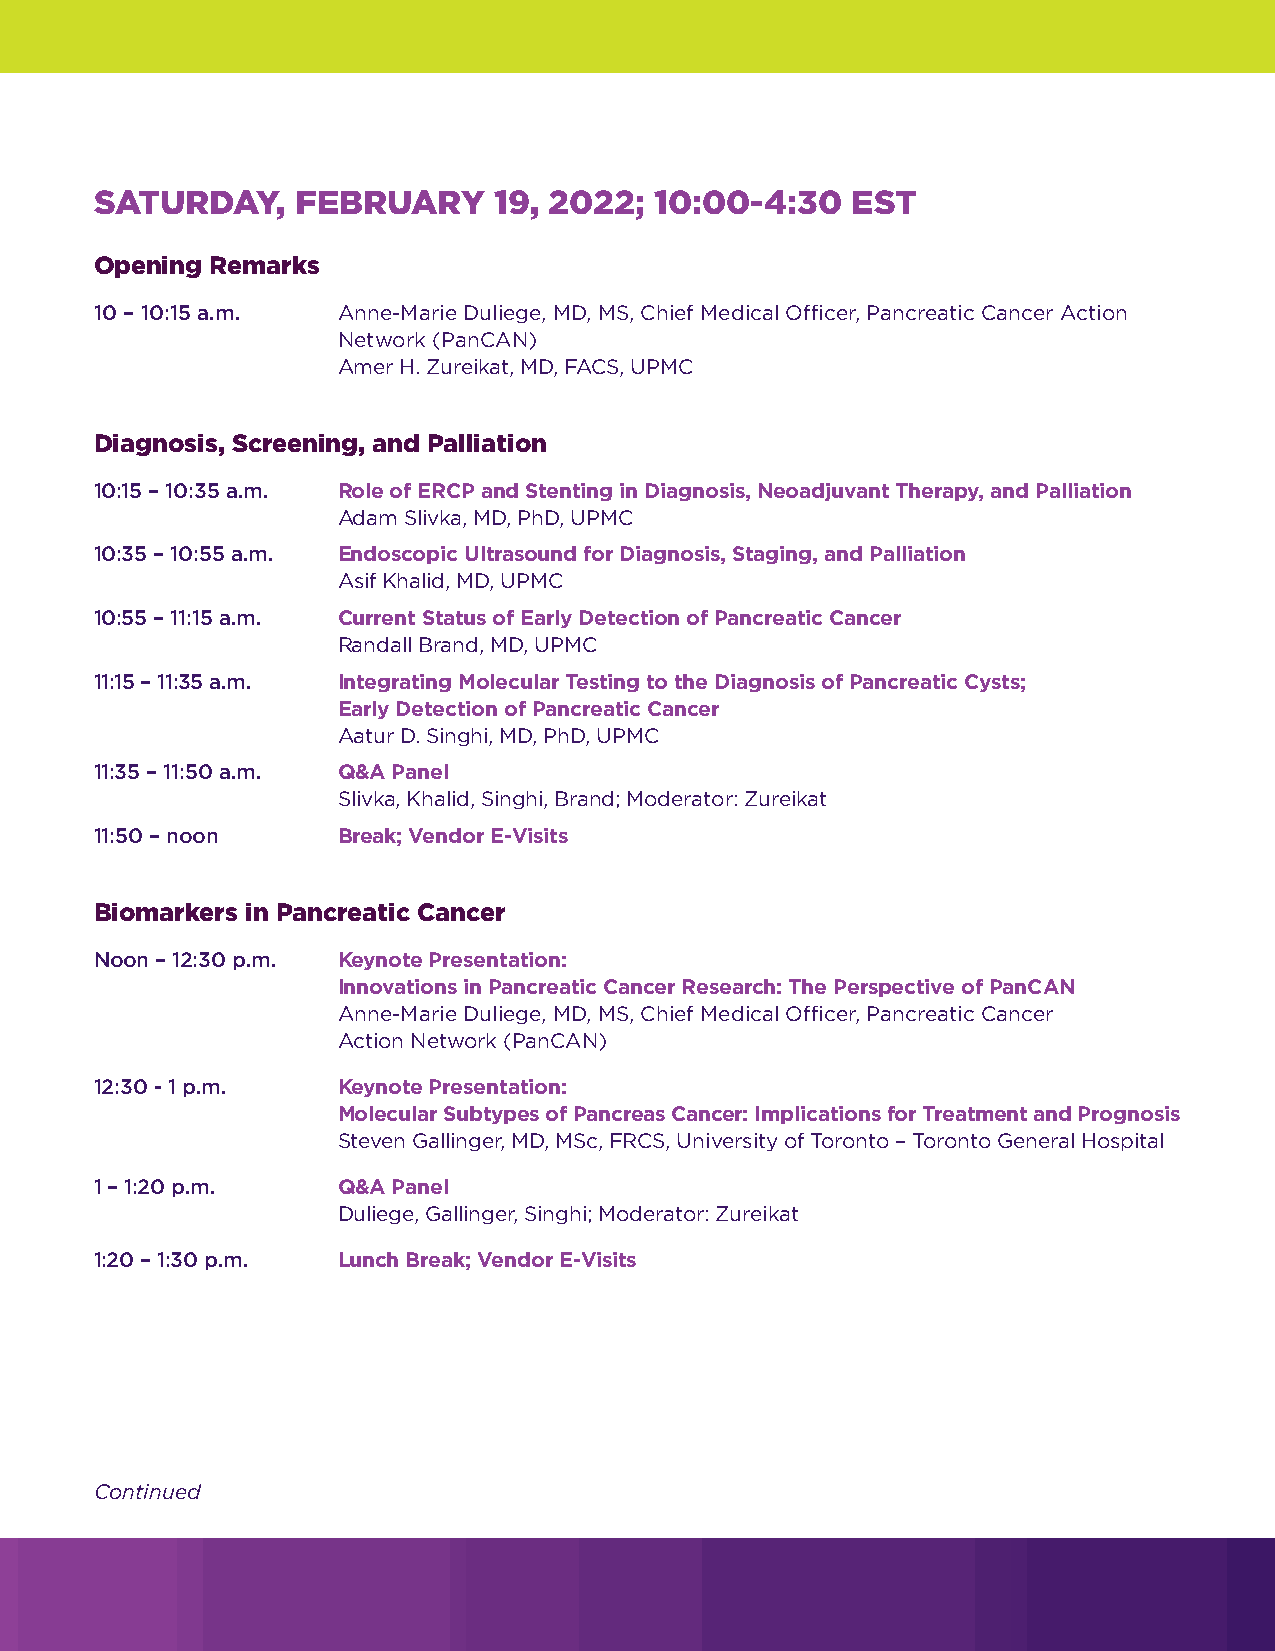
SATURDAY,     FEBRUARY     19, 2022; 10:00-4:30   EST
 Opening Remarks
 10 – 10:15 a.m. Anne-Marie Duliege, MD, MS, Chief Medical Officer, Pancreatic Cancer Action
 Network (PanCAN)
 Amer H. Zureikat, MD, FACS, UPMC
 Diagnosis, Screening, and Palliation
 10:15 – 10:35 a.m. Role of ERCP and Stenting in Diagnosis, Neoadjuvant Therapy, and Palliation
 Adam Slivka, MD, PhD, UPMC
 10:35 – 10:55 a.m. Endoscopic Ultrasound for Diagnosis, Staging, and Palliation
 Asif Khalid, MD, UPMC
 10:55 – 11:15 a.m. Current Status of Early Detection of Pancreatic Cancer
 Randall Brand, MD, UPMC
 11:15 – 11:35 a.m. Integrating Molecular Testing to the Diagnosis of Pancreatic Cysts;
 Early Detection of Pancreatic Cancer
 Aatur D. Singhi, MD, PhD, UPMC
 11:35 – 11:50 a.m. Q&A Panel
 Slivka, Khalid, Singhi, Brand; Moderator: Zureikat
 11:50 – noon    Break; Vendor E-Visits
 Biomarkers in Pancreatic Cancer
 Noon – 12:30 p.m. Keynote Presentation:
 Innovations in Pancreatic Cancer Research: The Perspective of PanCAN
 Anne-Marie Duliege, MD, MS, Chief Medical Officer, Pancreatic Cancer
 Action Network (PanCAN)
 12:30 - 1 p.m.  Keynote Presentation:
 Molecular Subtypes of Pancreas Cancer: Implications for Treatment and Prognosis
 Steven Gallinger, MD, MSc, FRCS, University of Toronto – Toronto General Hospital
 1 – 1:20 p.m.   Q&A Panel
 Duliege, Gallinger, Singhi; Moderator: Zureikat
 1:20 – 1:30 p.m. Lunch Break; Vendor E-Visits
 Continued